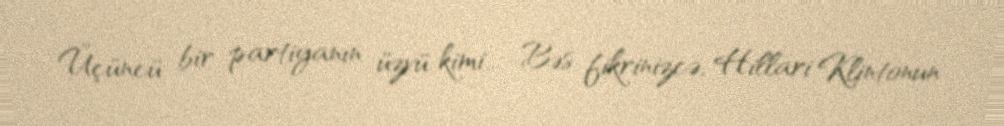
Üçüncü bir partiyanın üzvü kimi... -Bəs fikrinizcə, Hillari Klintonun